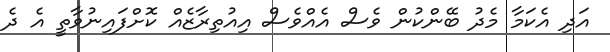
އަދި އެކަމާ މެދު ބޭންކުން ވެސް އެއްވެސް އިއުތިރާޒެއް ކޮށްފައިނުވާތީ އެ ދެ